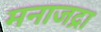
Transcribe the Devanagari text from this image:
मनाजद्रा